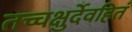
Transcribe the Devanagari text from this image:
तच्चक्षुर्देवहितं